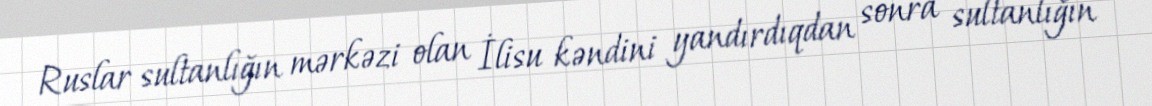
Ruslar sultanlığın mərkəzi olan İlisu kəndini yandırdıqdan sonra sultanlığın